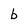
Character: b